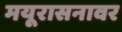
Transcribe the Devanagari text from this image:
मयूरासनावर